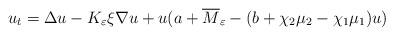
LaTeX: \begin{align*}u_t=\Delta u - K_{\varepsilon}\xi\nabla u+u(a + \overline{M}_\varepsilon-(b+\chi_2\mu_2-\chi_1\mu_1)u) \end{align*}